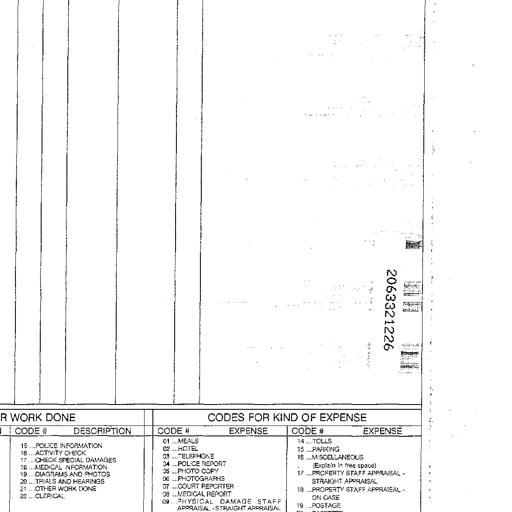
2063321226
WORK DONE
CODE # DESCRIPTION
15 ..POLICE INFORMATION
16 ..ACTIVITY CHECK
17 ..CHECK SPECIAL DAMAGES
18 ..MEDICAL INFORMATION
19 ..DIAGRAMS AND PHOTOS
20 ..TRIALS AND HEARINGS
21 ..OTHER WORK DONE
22 ..CLERICAL
CODES FOR KIND OF EXPENSE
CODE # EXPENSE
01 ..MEALS
02 ..HOTEL
03 ..TELEPHONE
04 ..POLICE REPORT
05 ..PHOTO COPY
06 ..PHOTOGRAPHS
07 ..COURT REPORTER
08 ..MEDICAL REPORT
09 ..PHYSICAL DAMAGE STAFF APPRAISAL - STRAIGHT APPRAISAL
CODE # EXPENSE
14 ..TOLLS
15 ..PARKING
16 ..MISCELLANEOUS (Explain in free space)
17 ..PROPERTY STAFF APPRAISAL - STRAIGHT APPRAISAL
18 ..PROPERTY STAFF APPRAISAL - ON CASE
19 ..POSTAGE